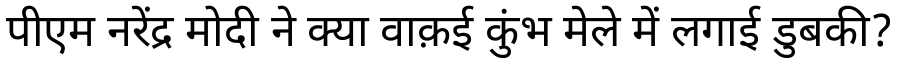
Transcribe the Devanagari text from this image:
पीएम नरेंद्र मोदी ने क्या वाक़ई कुंभ मेले में लगाई डुबकी?